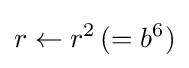
r\leftarrow r^{2}\,(=b^{6})